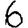
Digit: 6